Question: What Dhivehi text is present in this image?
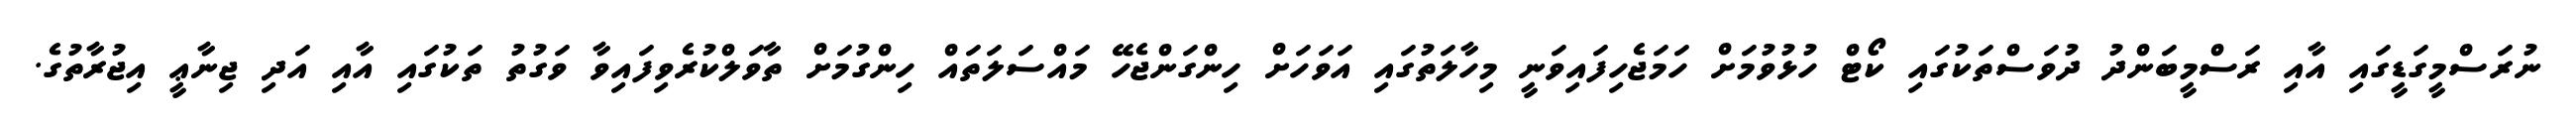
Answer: ނުރަސްމީގަޑީގައި އާއި ރަސްމީބަންދު ދުވަސްތަކުގައި ކޯޓް ހުޅުވުމަށް ހަމަޖެހިފައިވަނީ މިހާލަތުގައި އަވަހަށް ހިންގަންޖެހޭ މައްސަލަތައް ހިންގުމަށް ތާވަލްކުރެވިފައިވާ ވަގުތު ތަކުގައި އާއި އަދި ޖިނާޢީ އިޖުރާތުގެ.